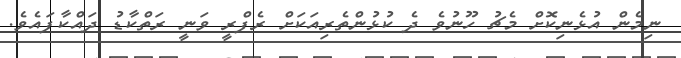
ނިމެން އުޅެނިކޮށް މެޗު ހޫނުވެ ދެ ކުޅުންތެރިއަކަށް ރެފްރީ ވަނީ ރަތްކާޑު ދައްކާފައެވެ.